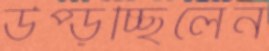
উপ্‌ড়চ্ছিলেন